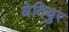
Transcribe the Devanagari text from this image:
येदियुर